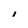
Character: I